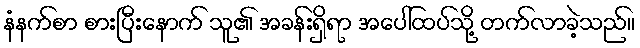
နံနက်စာ စားပြီးနောက် သူ၏ အခန်းရှိရာ အပေါ်ထပ်သို့ တက်လာခဲ့သည်။